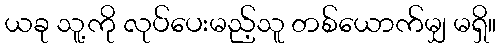
ယခု သူ့ကို လုပ်ပေးမည့်သူ တစ်ယောက်မျှ မရှိ။